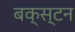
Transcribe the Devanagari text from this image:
बक्स्टन